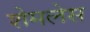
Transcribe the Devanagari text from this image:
शेमलेस